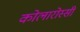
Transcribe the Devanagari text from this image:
कोलारोस्सी